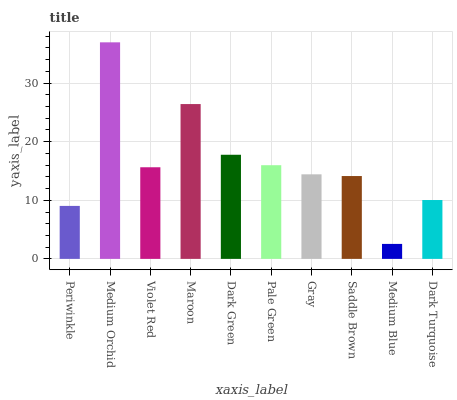
| xaxis_label | bars |
 | --- | --- |
 | Periwinkle | 9.04 |
 | Medium Orchid | 37 |
 | Violet Red | 15.6 |
 | Maroon | 26.4 |
 | Dark Green | 17.8 |
 | Pale Green | 16 |
 | Gray | 14.4 |
 | Saddle Brown | 14.1 |
 | Medium Blue | 2.55 |
 | Dark Turquoise | 10 |